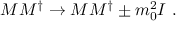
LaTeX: M M ^ { \dagger } \rightarrow M M ^ { \dagger } \pm m _ { 0 } ^ { 2 } I ~ .